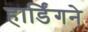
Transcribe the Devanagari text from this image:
हार्डिंगने